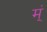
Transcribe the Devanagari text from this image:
म्ं